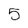
Character: 5